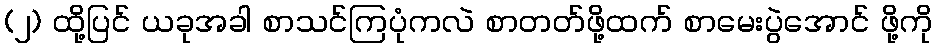
(၂) ထို့ပြင် ယခုအခါ စာသင်ကြပုံကလဲ စာတတ်ဖို့ထက် စာမေးပွဲအောင် ဖို့ကို